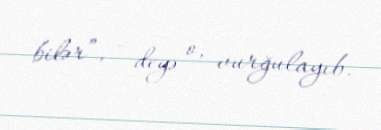
bilər”, - deyə o, vurğulayıb.